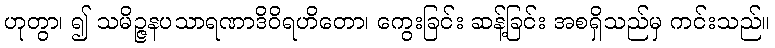
ဟုတွာ၊ ၍ သမိဉ္ဇနပသာရဏာဒိဝိရဟိတော၊ ကွေးခြင်း ဆန့်ခြင်း အစရှိသည်မှ ကင်းသည်။